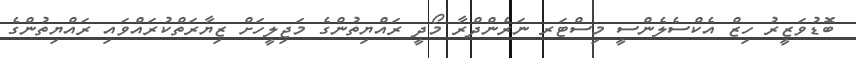
ބޮޑުވަޒީރު ހިޒް އެކްސެލެންސީ މިސްޓަރ ނަރެންދްރާ މޯދީ ރައްޔިތުންގެ މަޖިލީހަށް ޒިޔާރަތްކުރައްވައި ރައްޔިތުންގެ